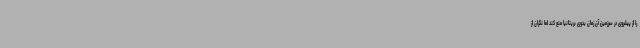
را از پیشروی در سرزمین آن زمان بدوی بریتانیا منع کند اما نگران از